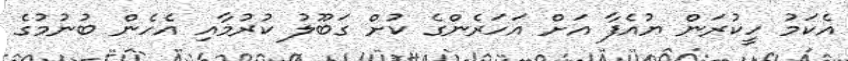
އެކަމު ހީކުރަން ޔުއެފާ އަށް އަހަރެންގެ ކުށް ގަބޫލު ކުރުމާއި އެހެން ބުނުމުގެ